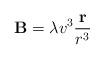
LaTeX: \begin{align*}{\bf B} = \lambda v^3 {{\bf r} \over r^3}\end{align*}